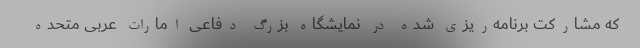
که مشارکت برنامه‌ریزی شده در نمایشگاه بزرگ دفاعی امارات عربی متحده